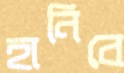
হানিবে